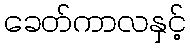
ခေတ်ကာလနှင့်